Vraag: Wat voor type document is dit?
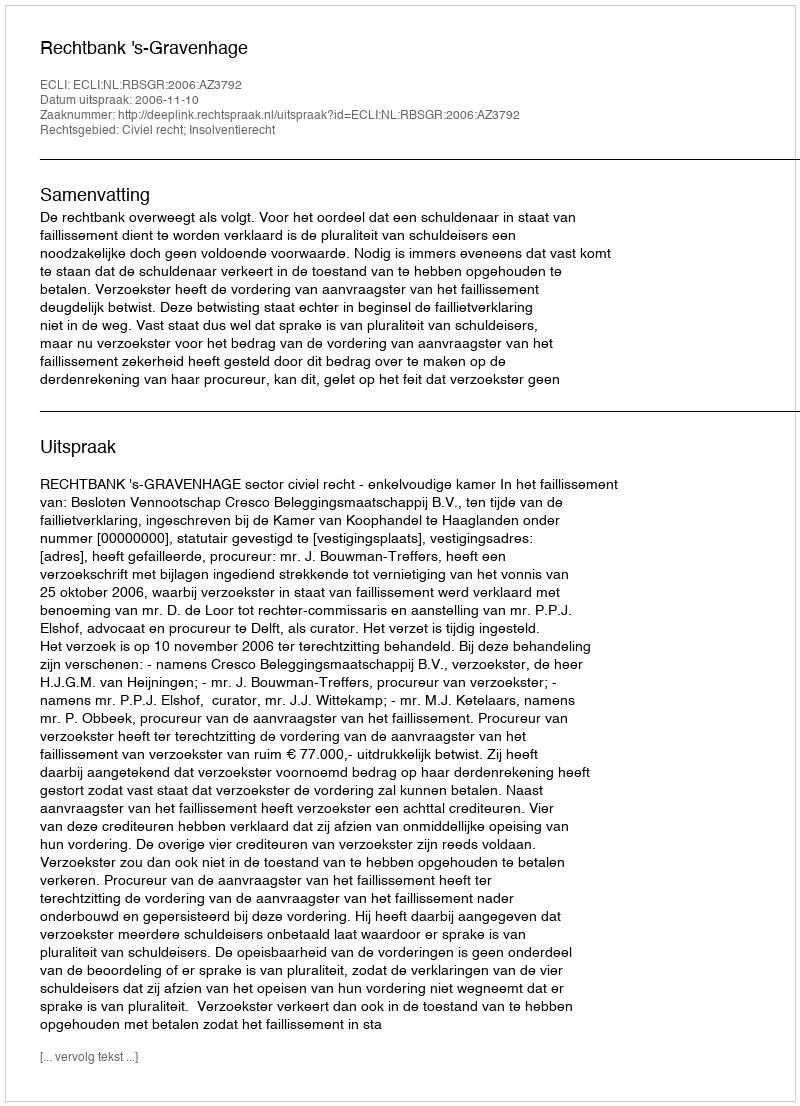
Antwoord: Uitspraak